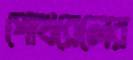
পোখরেলের